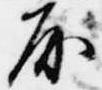
房